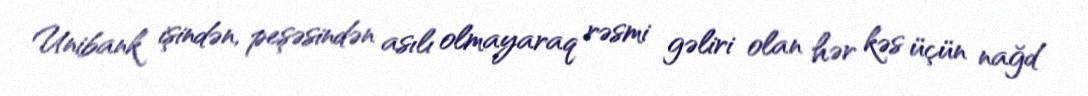
Unibank işindən, peşəsindən asılı olmayaraq rəsmi gəliri olan hər kəs üçün nağd